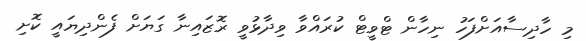
މި ހާދިސާއަށްފަހު ނިހާން ޓްވީޓް ކުރައްވާ ވިދާޅުވީ ރޮޒައިނާ ގަޔަށް ފެންދިޔައީ ކޮށި